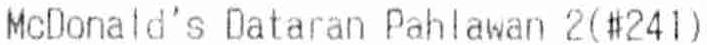
MCDONALD'S DATARAN PAHLAWAN 2(#241)